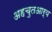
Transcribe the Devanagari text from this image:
अहचुतआर्य